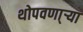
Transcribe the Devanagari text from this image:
थोपवणा्र्‍या